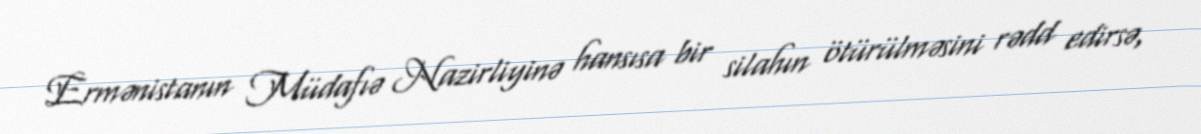
Ermənistanın Müdafıə Nazirliyinə hansısa bir silahın ötürülməsini rədd edirsə,